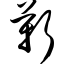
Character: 靳